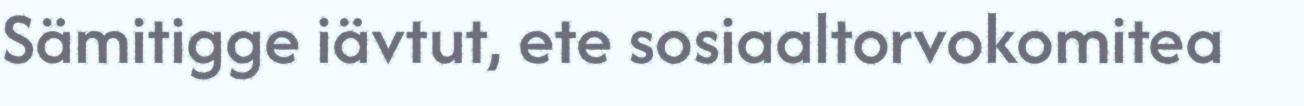
Sämitigge iävtut, ete sosiaaltorvokomitea